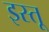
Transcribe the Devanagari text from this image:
इस्तू